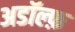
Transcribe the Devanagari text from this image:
अडॉल्फ़